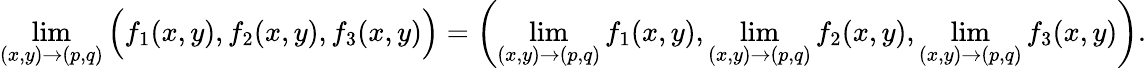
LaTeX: \operatorname*{lim}_{(x,y)\to(p,q)}{\Bigl(}f_{1}(x,y),f_{2}(x,y),f_{3}(x,y){\Bigr)}=\left(\operatorname*{lim}_{(x,y)\to(p,q)}f_{1}(x,y),\operatorname*{lim}_{(x,y)\to(p,q)}f_{2}(x,y),\operatorname*{lim}_{(x,y)\to(p,q)}f_{3}(x,y)\right).